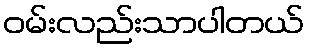
ဝမ်းလည်းသာပါတယ်